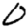
Digit: 0